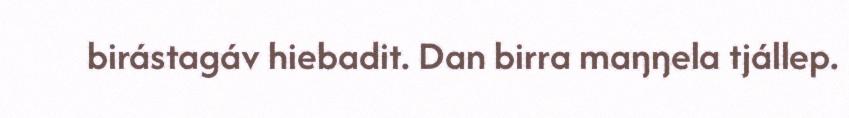
birástagáv hiebadit. Dan birra maŋŋela tjállep.